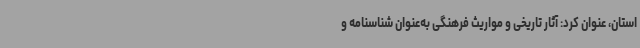
استان، عنوان کرد: آثار تاریخی و مواریث فرهنگی به‌عنوان شناسنامه و